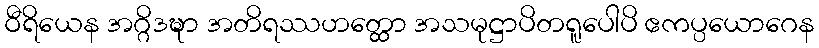
ဝီရိယေန အဂ္ဂိဒဍ္ဎာ အတိရဿဟတ္ထော အသမုဋ္ဌာပိတရူပေါပိ ဧကပ္ပယောဂေန